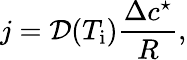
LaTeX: j={\cal D}(T_{\mathrm{i}})\frac{\Delta c^{\star}}{R},